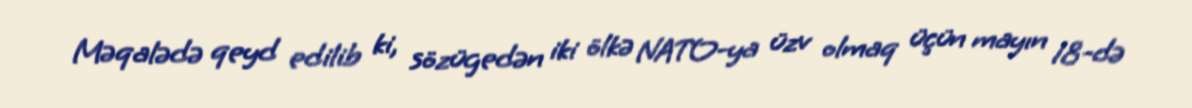
Məqalədə qeyd edilib ki, sözügedən iki ölkə NATO-ya üzv olmaq üçün mayın 18-də